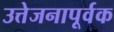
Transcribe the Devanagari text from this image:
उत्तेजनापूर्वक